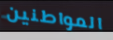
المواطنين